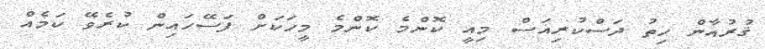
ޤުރުއާން ހިތު ދަސްކުރިއަސް މިއީ ކޮންމެ ކޮންމެ މީހަކަށް ފަސޭހައިން ކުރެވޭ ކަމެއް